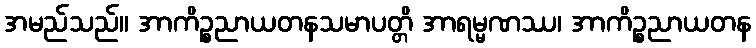
အမည်သည်။ အာကိဉ္စညာယတနသမာပတ္တိ အာရမ္မဏဿ၊ အာကိဉ္စညာယတန